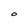
Character: O